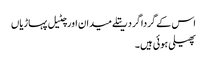
اس کے گردا گرد ریتلے میدان اور چٹیل پہاڑیاں
پھیلی ہوئی ہیں ۔